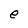
Character: e